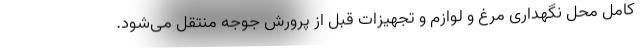
کامل محل نگهداری مرغ و لوازم و تجهیزات قبل از پرورش جوجه منتقل می‌شود.